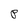
Character: P